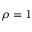
\rho = 1